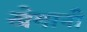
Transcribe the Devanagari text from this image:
खेमानी